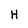
Character: H